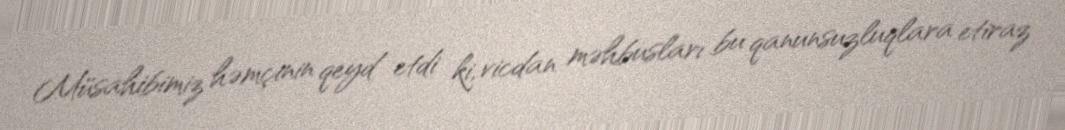
Müsahibimiz həmçinin qeyd etdi ki, vicdan məhbusları bu qanunsuzluqlara etiraz